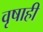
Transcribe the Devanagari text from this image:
वृषाही